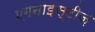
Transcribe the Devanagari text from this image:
एगनाइस्टीज़